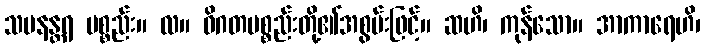
သမနန္တရ ပစ္စည်း။ လ။ ဝိဂတပစ္စည်းတို့၏အစွမ်းဖြင့်။ ဆဟိ၊ ကုန်သော။ အာကာရေဟိ၊